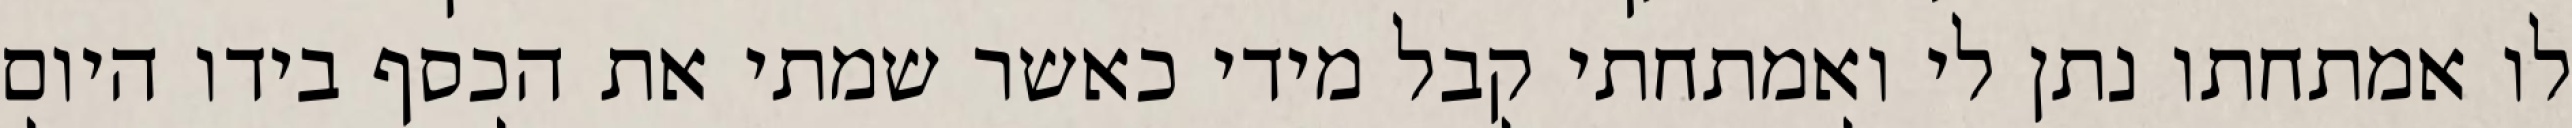
לו אמתחתו נתן לי ואמתחתי קבל מידי כאשר שמתי את הכסף בידו היום